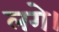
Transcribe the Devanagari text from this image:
लगे।